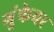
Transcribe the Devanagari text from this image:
गुंफेवर